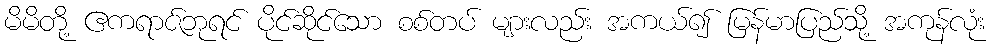
မိမိတို့ ဧကရာဇ်ဘုရင် ပိုင်ဆိုင်သော စစ်တပ် များလည်း အကယ်၍ မြန်မာပြည်သို့ အကုန်လုံး